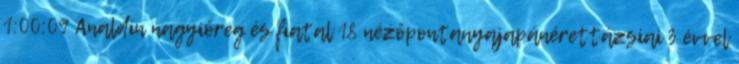
1:00:09 Analdin nagyiőreg és fiatal 18 nézőpontanyajapánérettázsiai 3 évvel